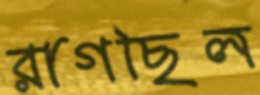
রাগছিল